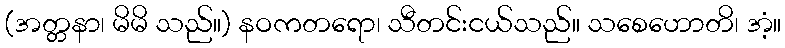
(အတ္တနာ၊ မိမိ သည်။) နဝကတရော၊ သီတင်းငယ်သည်။ သစေဟောတိ၊ အံ့။